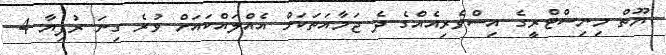
ޔޫތް މިނިސްޓްރީގެ އިސްވެރިއެއްގެ ދެ ޖަމާއަތަކަށް އެއްލައްކައަށް ވުރެ ގިނަ ރުފިޔާ 4